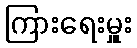
ကြားရေးမှူး